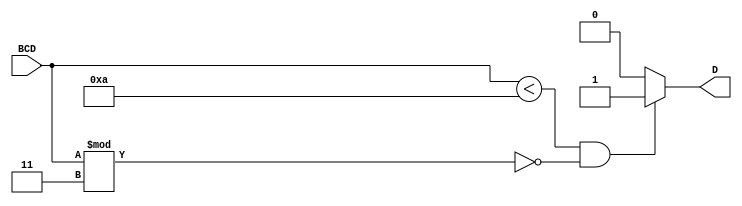
// Michael Pate
// Professor Chao Jiang
// EE 4490 HDL Design
// Homework 1 - August 30, 2021
// divby3.v

module divby3(D, BCD);
	input [3:0] BCD;
	output D;
	
	// We want D high if our BCD is an integer (ie less than 10) and 
	// is easily divided by 3 (modulo 3 is zero)
	assign D = (BCD < 4'd10) & (BCD % 3 == 0) ? 1'b1 : 1'b0;
endmodule